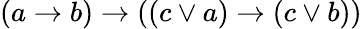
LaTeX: (a\rightarrow b)\rightarrow((c\lor a)\rightarrow(c\lor b))